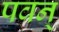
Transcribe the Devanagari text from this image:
पवन्